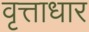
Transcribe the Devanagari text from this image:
वृत्ताधार